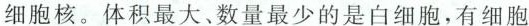
细胞核。体积最大、数量最少的是白细胞，有细胞